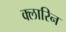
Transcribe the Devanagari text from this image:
क्लारिन